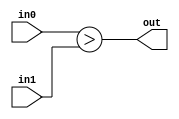
module coreir_sgt #(
    parameter width = 1
) (
    input [width-1:0] in0,
    input [width-1:0] in1,
    output out
);
  assign out = $signed(in0) > $signed(in1);
endmodule

module coreir_sgt2_wrapped (
    input [1:0] I0,
    input [1:0] I1,
    output O
);
wire coreir_sgt2_inst0_out;
coreir_sgt #(
    .width(2)
) coreir_sgt2_inst0 (
    .in0(I0),
    .in1(I1),
    .out(coreir_sgt2_inst0_out)
);
assign O = coreir_sgt2_inst0_out;
endmodule